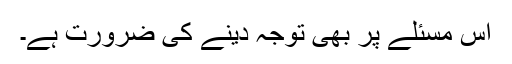
اس مسئلے پر بھی توجہ دینے کی ضرورت ہے۔